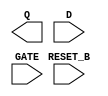
module sky130_fd_sc_ms__dlrtp (
    Q      ,
    RESET_B,
    D      ,
    GATE
);

    output Q      ;
    input  RESET_B;
    input  D      ;
    input  GATE   ;

    // Voltage supply signals
    supply1 VPWR;
    supply0 VGND;
    supply1 VPB ;
    supply0 VNB ;

endmodule